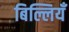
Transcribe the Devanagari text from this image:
बिल्लियँ